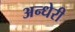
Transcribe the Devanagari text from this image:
अन्धेरी